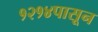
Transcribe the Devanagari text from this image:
१२१४पासून